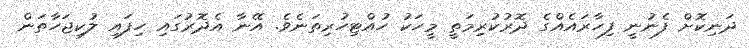
ދަނިކޮށް ފެނުނީ ފިހާރައެއްގެ ދޮރުކުރިމަތީ މީހަކު ހުއްޓިހުރިތަނެވެ. އޭނާ އެދޮރުގައި ހިފައި ލުކިޖަހާތަން